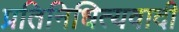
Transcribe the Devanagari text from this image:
प्रतिनिधित्यवादी